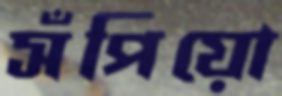
সঁপিয়ো